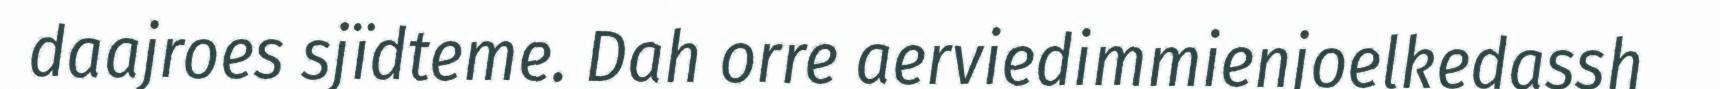
daajroes sjïdteme. Dah orre aerviedimmienjoelkedassh